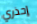
إحذري